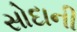
સોદાની